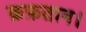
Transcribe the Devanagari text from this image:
क़फ़तान।